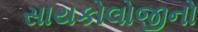
સાયકોલોજીનો